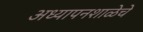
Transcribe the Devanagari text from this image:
अध्यापनशाळेचे